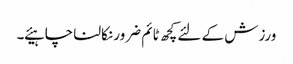
ورزش کے لئے کچھ ٹائم ضرور نکالنا چاہیئے ۔